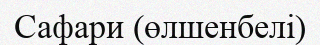
Сафари (өлшенбелі)